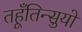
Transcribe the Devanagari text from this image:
तहूँतिन्सुयो